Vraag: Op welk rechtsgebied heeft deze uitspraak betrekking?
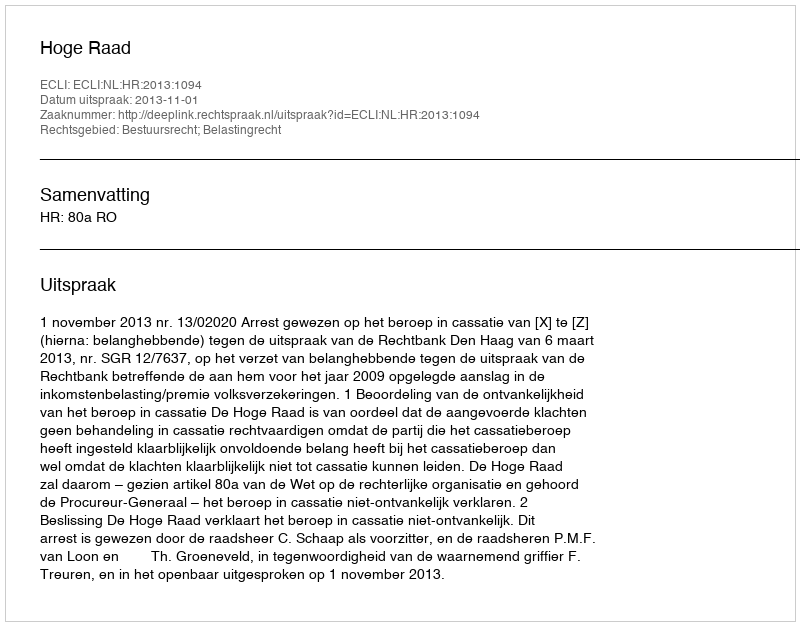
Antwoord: Bestuursrecht; Belastingrecht